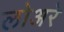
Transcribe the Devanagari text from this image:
लोअरे